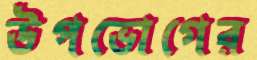
উপভোগের